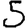
Digit: 5